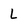
Character: L